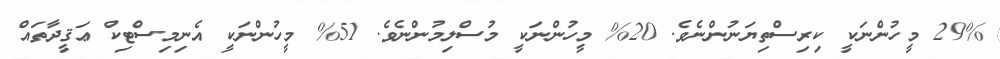
29% މީހުންނަކީ ކިރިސްތިޔަނުންނެވެ. 20% މީހުންނަކީ މުސްލިމުންނެވެ. 51% މީހުންނަކީ އެނިމިސްޓިކް ޢަޤީދާތައް